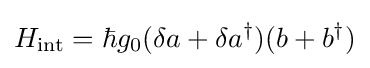
H_{\text{int}}=\hbar g_{0}(\delta a+\delta a^{\dagger })(b+b^{\dagger })